Leprosy in India: report of the Leprosy Commission in India, 1890-91
Year: 1890
Disease focus: Leprosy
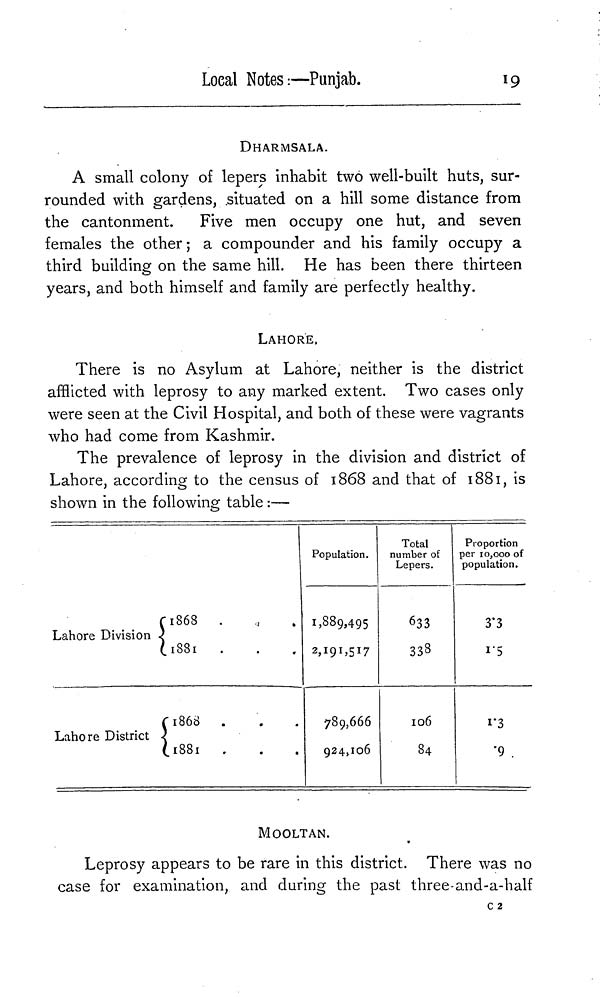
Loeal Notes:—Punjab.
19
DHARMSALA.
A small colony of lepers inhabit two well-built huts, sur-
rounded with gardens, .situated on a hill some distance from
the cantonment.
Five men occupy one hut, and seven
females the other ; a compounder and his family occupy a
third building on the same hill. He has been there thirteen
years, and both himself and family are perfectly healthy.
LAHORE,
There is no Asylum at Lahore, neither is the district
afflicted with leprosy to any marked extent. Two cases only
were seen at the Civil Hospital, and both of these were vagrants
who had come from Kashmir.
The prevalence of leprosy in the division and district of
Lahore, according to the census of 1868 and that of 1881, is
shown in the following table :—
Lahore Division
Lahore District
1868
.1881
1868
(.1881
•
-
•
•
•
•
Population.
1,889,495
789,666
924,106
Total
number of
Lepers.
633
333
106
84
Proportion
per 10,000 of
population.
3.3
15
1.3
'9
MOOLTAN.
Leprosy appears to be rare in this district. There was no
case for examination, and during the past three-and-a-half
c 2